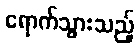
ရောက်သွားသည့်